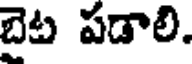
బెట పడాలి.